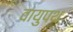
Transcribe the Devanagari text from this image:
वायुपथ